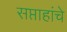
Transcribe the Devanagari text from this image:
सप्ताहांचे